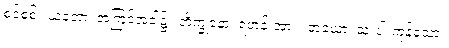
စင်စစ်။ ယတော၊ အကြင်အခါ၌။ ဘိက္ခုနော၊ ရဟန်းအား။ တယော၊ သုံးပါးကုန်သော။